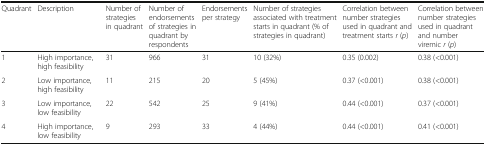
<table><thead><tr><td><b>Quadrant</b></td><td><b>Description</b></td><td><b>Number of strategies in quadrant</b></td><td><b>Number of endorsements of strategies in quadrant by respondents</b></td><td><b>Endorsements per strategy</b></td><td><b>Number of strategies associated with treatment starts in quadrant (% of strategies in quadrant)</b></td><td><b>Correlation between number strategies used in quadrant and treatment starts <i>r</i> (<i>p</i>)</b></td><td><b>Correlation between number strategies used in quadrant and number viremic <i>r</i> (<i>p</i>)</b></td></tr></thead><tbody><tr><td>1</td><td>High importance, high feasibility</td><td>31</td><td>966</td><td>31</td><td>10 (32%)</td><td>0.35 (0.002)</td><td>0.38 (&lt;0.001)</td></tr><tr><td>2</td><td>Low importance, high feasibility</td><td>11</td><td>215</td><td>20</td><td>5 (45%)</td><td>0.37 (&lt;0.001)</td><td>0.38 (&lt;0.001)</td></tr><tr><td>3</td><td>Low importance, low feasibility</td><td>22</td><td>542</td><td>25</td><td>9 (41%)</td><td>0.44 (&lt;0.001)</td><td>0.37 (&lt;0.001)</td></tr><tr><td>4</td><td>High importance, low feasibility</td><td>9</td><td>293</td><td>33</td><td>4 (44%)</td><td>0.44 (&lt;0.001)</td><td>0.41 (&lt;0.001)</td></tr></tbody></table>